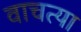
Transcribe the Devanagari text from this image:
वाचत्या